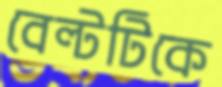
বেল্টটিকে